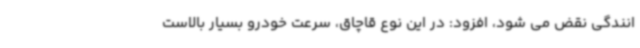
انندگی نقض می شود، افزود: در این نوع قاچاق، سرعت خودرو بسیار بالاست